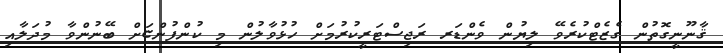
ޤާނޫނީގޮތުން ގެޒެޓްކުރެވޭ ލިޔުން ވެންޑަރ ރަޖިސްޓަރީކުރުމަށް ހުޅުވާލުން މި ކުންފުންޏަށް ބޭނުންވާ މުދަލާއި